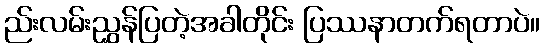
ည်းလမ်းညွှန်ပြတဲ့အခါတိုင်း ပြဿနာတက်ရတာပဲ။